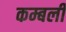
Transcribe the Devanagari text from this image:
कम्बली